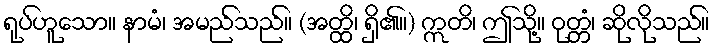
ရုပ်ဟူသော။ နာမံ၊ အမည်သည်။ (အတ္ထိ၊ ရှိ၏။) ဣတိ၊ ဤသို့။ ဝုတ္တံ၊ ဆိုလိုသည်။